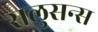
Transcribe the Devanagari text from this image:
सलुसन्स